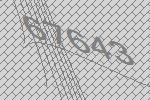
67643